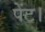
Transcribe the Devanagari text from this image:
पेंट।